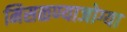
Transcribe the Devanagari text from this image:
मिसळण्याजोग्या